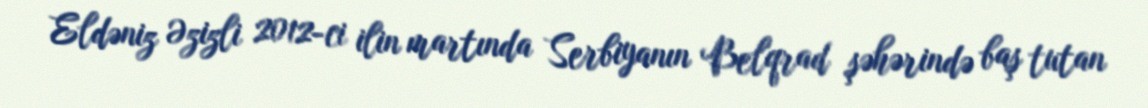
Eldəniz Əzizli 2012-ci ilin martında Serbiyanın Belqrad şəhərində baş tutan